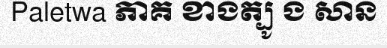
Paletwa ភាគ ខាងត្បូ ង សាន